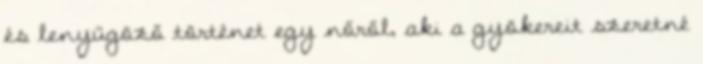
és lenyűgöző történet egy nőről, aki a gyökereit szeretné